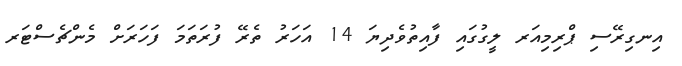
އިނގިރޭސި ޕްރިމިއަރ ލީގުގައި ފާއިތުވެދިޔަ 14 އަހަރު ތެރޭ ފުރަތަމަ ފަހަރަށް މެންޗެސްޓަރ